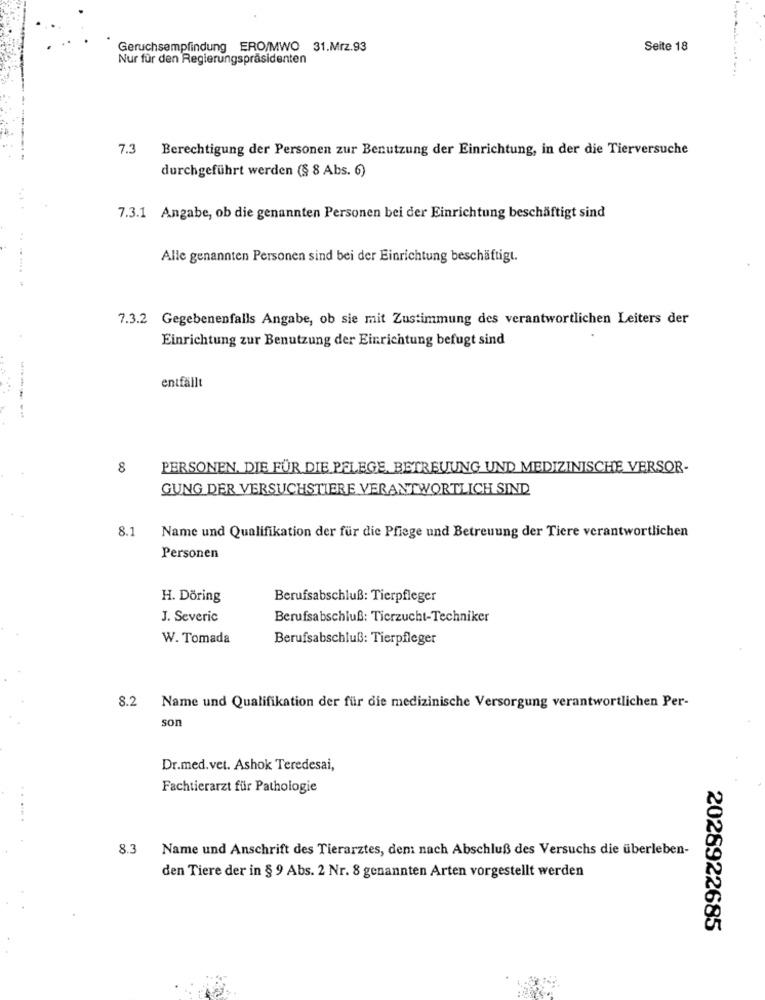
Geruchsempfindung ERO/MWO 31.Mrz.93
Seite 18
Nur für den Regierungspräsidenten
7.3 Berechtigung der Personen zur Benutzung der Einrichtung, in der die Tierversuche
durchgeführt werden (§ 8 Abs. 6)
7.3.1 Angabe, ob die genannten Personen bei der Einrichtung beschäftigt sind
Alle genannten Personen sind bei der Einrichtung beschäftigt.
7.3.2 Gegebenenfalls Angabe, ob sie mit Zustimmung des verantwortlichen Leiters der
Einrichtung zur Benutzung der Einrichtung befugt sind
entfällt
8
PERSONEN, DIE FÜR DIE PFLEGE, BETREUUNG UND MEDIZINISCHE VERSOR-
GUNG DER VERSUCHSTIERE VERANTWORTLICH SIND
8.1
Name und Qualifikation der für die Pflege und Betreuung der Tiere verantwortlichen
Personen
H. Döring
Berufsabschluß: Tierpfleger
J. Severic
Berufsabschluß: Tierzucht-Techniker
W. Tomada
Berufsabschluß: Tierpfleger
8.2 Name und Qualifikation der für die medizinische Versorgung verantwortlichen Per-
son
Dr.med.vet. Ashok Teredesai,
Fachtierarzt für Pathologie
.....
8.3
Name und Anschrift des Tierarztes, den nach Abschluß des Versuchs die überleben-
den Tiere der in § 9 Abs. 2 Nr. 8 genannten Arten vorgestellt werden
2026922685